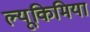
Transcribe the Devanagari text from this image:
ल्यूकिमिया